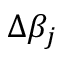
\Delta \beta _ { j }